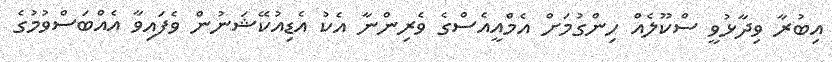
އިބުރާ ވިދާޅުވީ ސްކޫލެއް ހިންގުމަށް އެމްއީއެސްގެ ވެރިންނާ އެކު އެޑިއުކޭޝަނުން ވެފައިވާ އެއްބަސްވުމުގެ